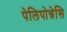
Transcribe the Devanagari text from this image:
पेलिपोन्नेसि